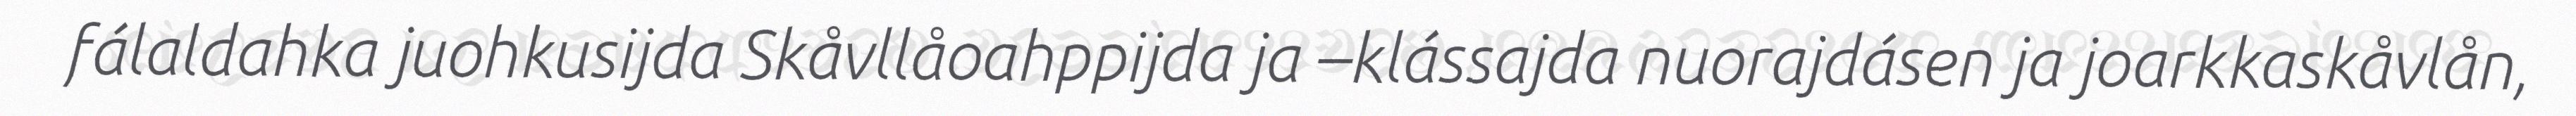
fálaldahka juohkusijda Skåvllåoahppijda ja –klássajda nuorajdásen ja joarkkaskåvlån,